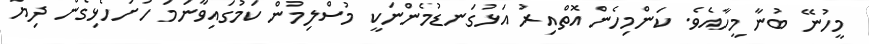
މީހުނޭ ބުނާ މީހާއެވެ. ކަންމިހެން އޮތްއިރު އަޅުގަނޑުމެންނަކީ މުސްލިމުން ކަމުގައިވާނަމަ ހުށަހެޅިގެން ދިޔަ